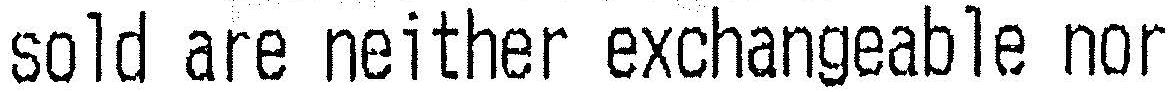
SOLD ARE NEITHER EXCHANGEABLE NOR